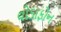
વોડાફોન